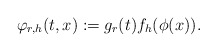
\begin{align*}\varphi_{r,h}(t,x) := g_r(t) f_h(\phi(x)).\end{align*}